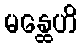
မန္ထေဟိ